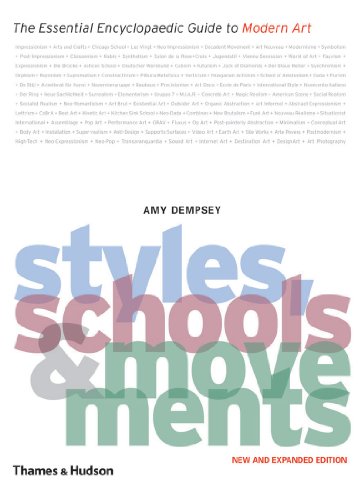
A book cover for Styles, Schools and Movements: The Essential Encyclopaedic Guide to Modern Art; Amy Dempsey; Reference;